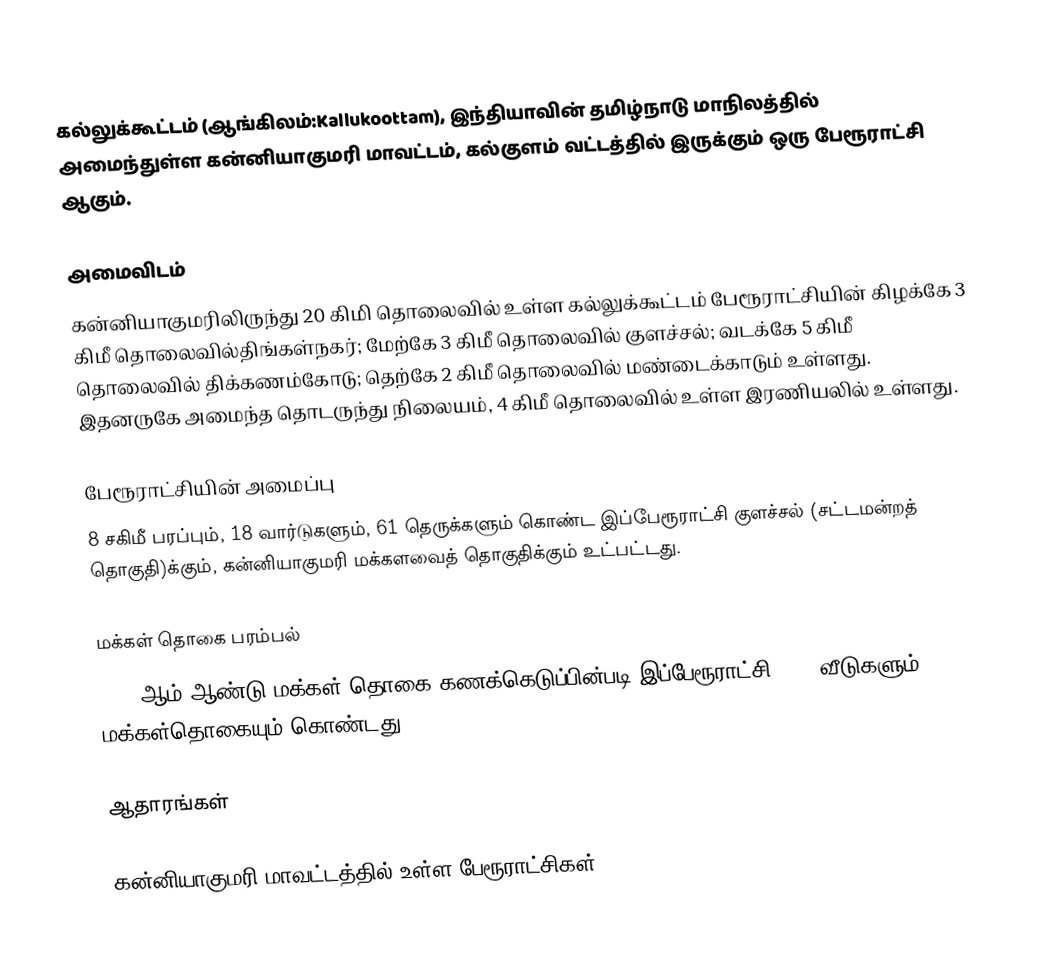
கல்லுக்கூட்டம் (ஆங்கிலம்:Kallukoottam), இந்தியாவின் தமிழ்நாடு மாநிலத்தில் அமைந்துள்ள கன்னியாகுமரி மாவட்டம், கல்குளம் வட்டத்தில் இருக்கும் ஒரு பேரூராட்சி ஆகும்.

அமைவிடம்
கன்னியாகுமரிலிருந்து 20 கிமி தொலைவில் உள்ள கல்லுக்கூட்டம் பேரூராட்சியின் கிழக்கே  3 கிமீ தொலைவில்திங்கள்நகர்; மேற்கே 3 கிமீ தொலைவில் குளச்சல்; வடக்கே 5 கிமீ தொலைவில் திக்கணம்கோடு;  தெற்கே 2 கிமீ தொலைவில் மண்டைக்காடும் உள்ளது. இதனருகே அமைந்த தொடருந்து நிலையம், 4 கிமீ தொலைவில் உள்ள இரணியலில் உள்ளது.

பேரூராட்சியின் அமைப்பு
8 சகிமீ  பரப்பும், 18  வார்டுகளும்,  61 தெருக்களும் கொண்ட இப்பேரூராட்சி குளச்சல்   (சட்டமன்றத் தொகுதி)க்கும், கன்னியாகுமரி மக்களவைத் தொகுதிக்கும் உட்பட்டது.

மக்கள் தொகை பரம்பல்
2011-ஆம் ஆண்டு மக்கள் தொகை கணக்கெடுப்பின்படி  இப்பேரூராட்சி                           6212 வீடுகளும், 18838 மக்கள்தொகையும் கொண்டது.

ஆதாரங்கள்

கன்னியாகுமரி மாவட்டத்தில் உள்ள பேரூராட்சிகள்